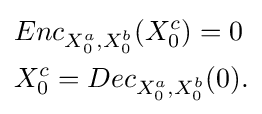
{\begin{aligned}&Enc_{X_{0}^{a},X_{0}^{b}}(X_{0}^{c})=0\\&X_{0}^{c}=Dec_{X_{0}^{a},X_{0}^{b}}(0).\end{aligned}}